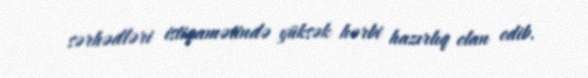
sərhədləri istiqamətində yüksək hərbi hazırlıq elan edib.